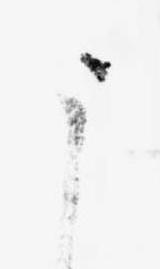
う